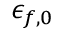
\epsilon _ { f , 0 }